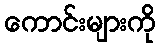
ကောင်းများကို